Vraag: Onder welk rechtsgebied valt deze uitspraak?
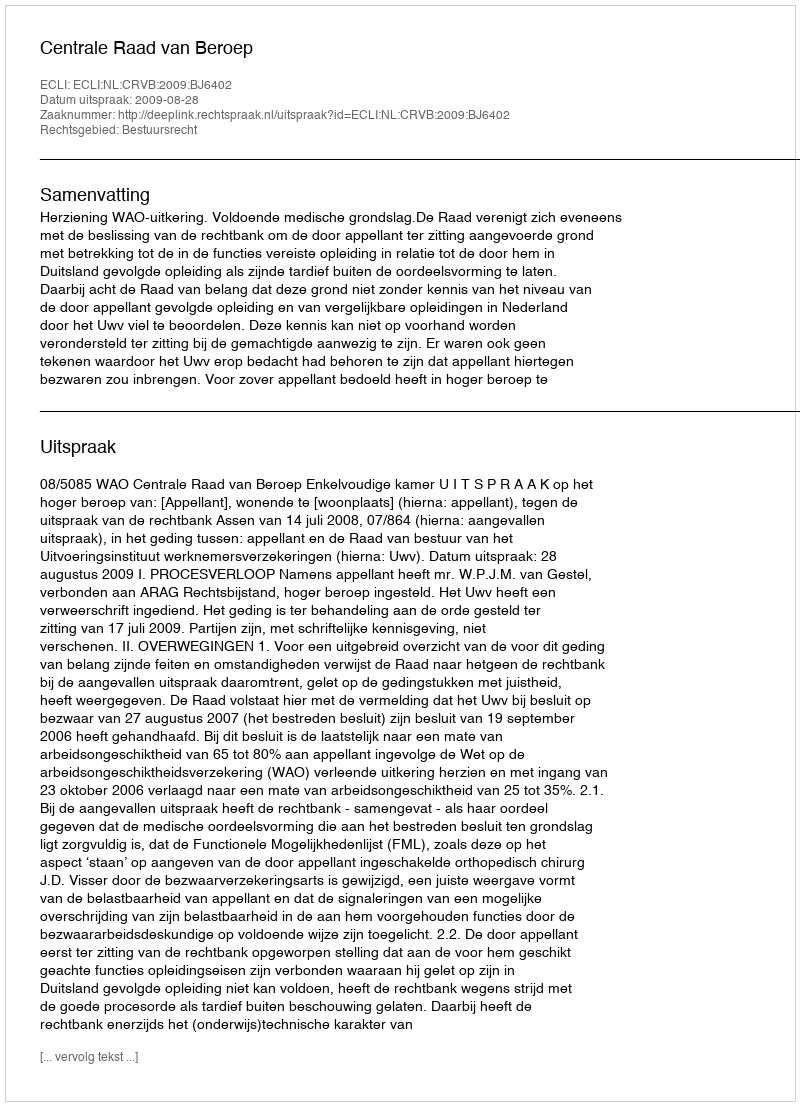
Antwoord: Bestuursrecht